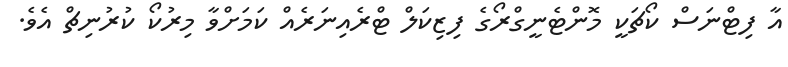
އާ ފިޓްނަސް ކޯޗަކީ މޮންޓެނީގްރޯގެ ފިޒިކަލް ޓްރެއިނަރެއް ކަމަށްވާ މިރުކޯ ކުރުނިޗް އެވެ.